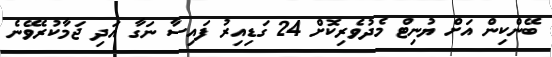
ބޭންކިން އަށް ޔުނިޓް މެދުވެރިކޮށް 24 ގަޑިއިރު ފައިސާ ނަގާ އަދި ޖަމާކުރެވޭނެ